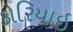
કોરિયાઇ